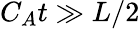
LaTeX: C_{A}t\gg L/2